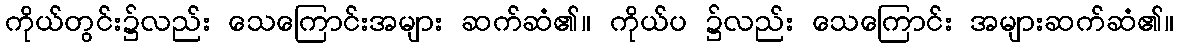
ကိုယ်တွင်း၌လည်း သေကြောင်းအများ ဆက်ဆံ၏။ ကိုယ်ပ ၌လည်း သေကြောင်း အများဆက်ဆံ၏။